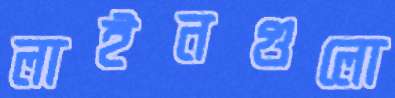
লাইনগুলো